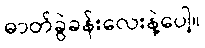
ဓာတ်ခွဲခန်းလေးနဲ့ပေါ့။